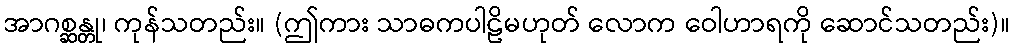
အာဂစ္ဆန္တု၊ ကုန်သတည်း။ (ဤကား သာဓကပါဠိမဟုတ် လောက ဝေါဟာရကို ဆောင်သတည်း)။